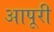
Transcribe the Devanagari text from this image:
आपूरी